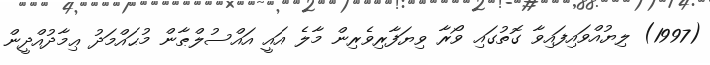
(1997) ލިޔުއްވައިފައިވާ ގޮތުގައި ވޯރާ ވިޔަފާރިވެރިން މާލެ އައީ އައްސުލްޠާން މުޙައްމަދު ޢިމާދުއްދީން